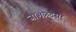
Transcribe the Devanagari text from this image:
जांभळटसर